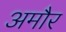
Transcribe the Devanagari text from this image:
अमौर